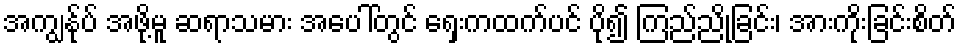
အကျွန်ုပ် အဖို့မူ ဆရာသမား အပေါ်တွင် ရှေးကထက်ပင် ပို၍ ကြည်ညိုခြင်း၊ အားကိုးခြင်းစိတ်